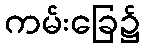
ကမ်းခြေ၌